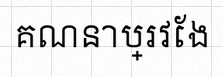
គណនាប្រវែង